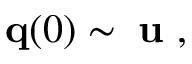
{ \bf q } ( 0 ) \sim { \bf \Psi } { \bf u } \mathrm { ~ , ~ }